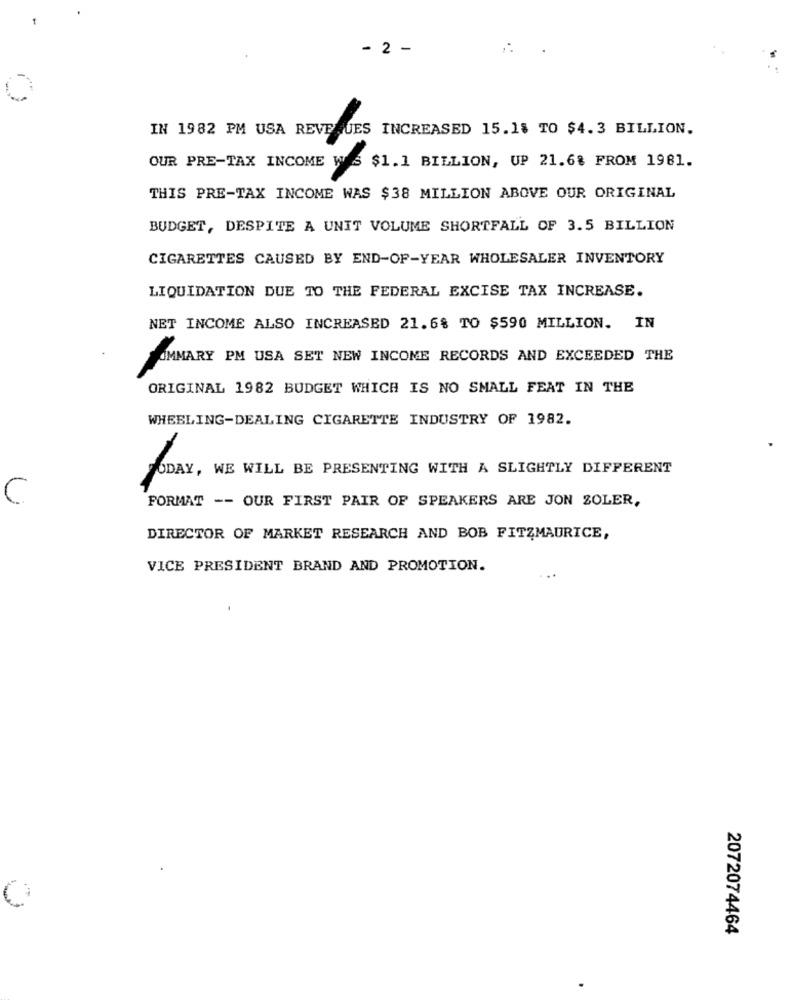
- 2 -
IN 1982 PM USA REVENUES INCREASED 15.15 TO $4.3 BILLION.
OUR PRE-TAX INCOME W'S $1.1 BILLION, UP 21.6% FROM 1981.
THIS PRE-TAX INCOME WAS $38 MILLION ABOVE OUR ORIGINAL
BUDGET, DESPITE A UNIT VOLUME SHORTFALL OF 3.5 BILLION
CIGARETTES CAUSED BY END-OF-YEAR WHOLESALER INVENTORY
LIQUIDATION DUE TO THE FEDERAL EXCISE TAX INCREASE.
NET INCOME ALSO INCREASED 21.6% TO $590 MILLION. IN
UMMARY PM USA SET NEW INCOME RECORDS AND EXCEEDED THE
ORIGINAL 1982 BUDGET WHICH IS NO SMALL FEAT IN THE
WHEELING-DEALING CIGARETTE INDUSTRY OF 1982.
6DAY, WE WILL BE PRESENTING WITH A SLIGHTLY DIFFERENT
C
FORMAT -- OUR FIRST PAIR OF SPEAKERS ARE JON SOLER,
DIRECTOR OF MARKET RESEARCH AND BOB FITZMAURICE,
VICE PRESIDENT BRAND AND PROMOTION.
2072074464